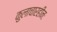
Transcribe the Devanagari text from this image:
कुलाचारहीनः